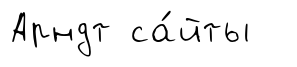
Арндт са́йты